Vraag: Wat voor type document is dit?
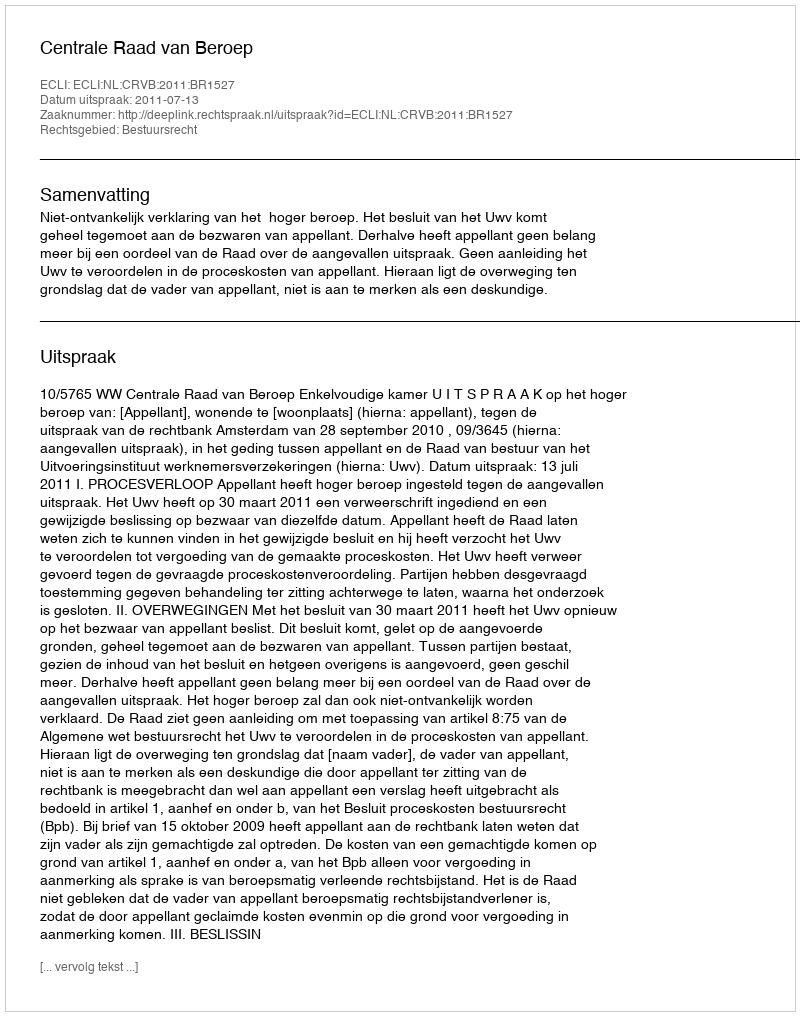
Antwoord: Uitspraak